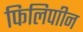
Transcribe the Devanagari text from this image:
फिलिपाीन